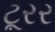
ટૂરર